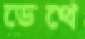
ডেথে